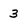
Character: 3